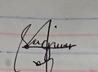
Signature authenticity: genuine